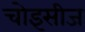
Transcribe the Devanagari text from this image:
चोइसीज